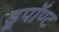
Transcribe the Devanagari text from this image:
डूपॉण्ट